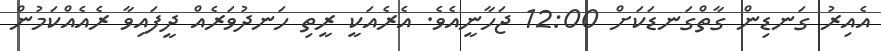
އެއިރު ގަނޑިން ގާތްގަނޑަކަށް 12:00 ޖަހާނީއެވެ. އެރެއަކީ ރީތި ހަނދުވަރެއް ދީފައިވާ ރެއެއްކަމުން